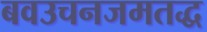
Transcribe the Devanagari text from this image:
बवउचनजमतद्ध